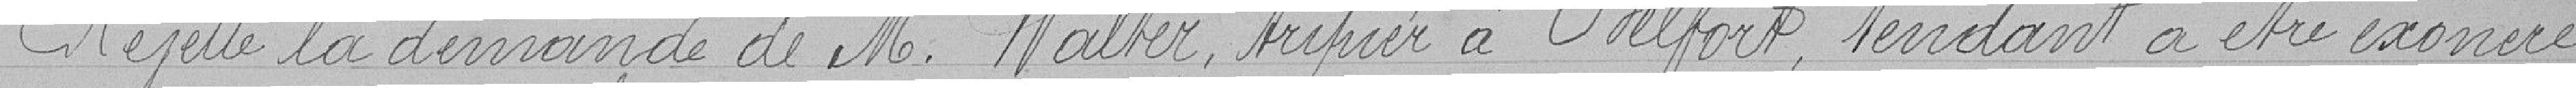
Rejette la demande de M. Walter, tripier à Belfort, tendant à être exonéré